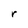
Character: r